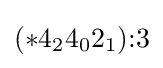
(*4_{2}4_{0}2_{1}){:}3